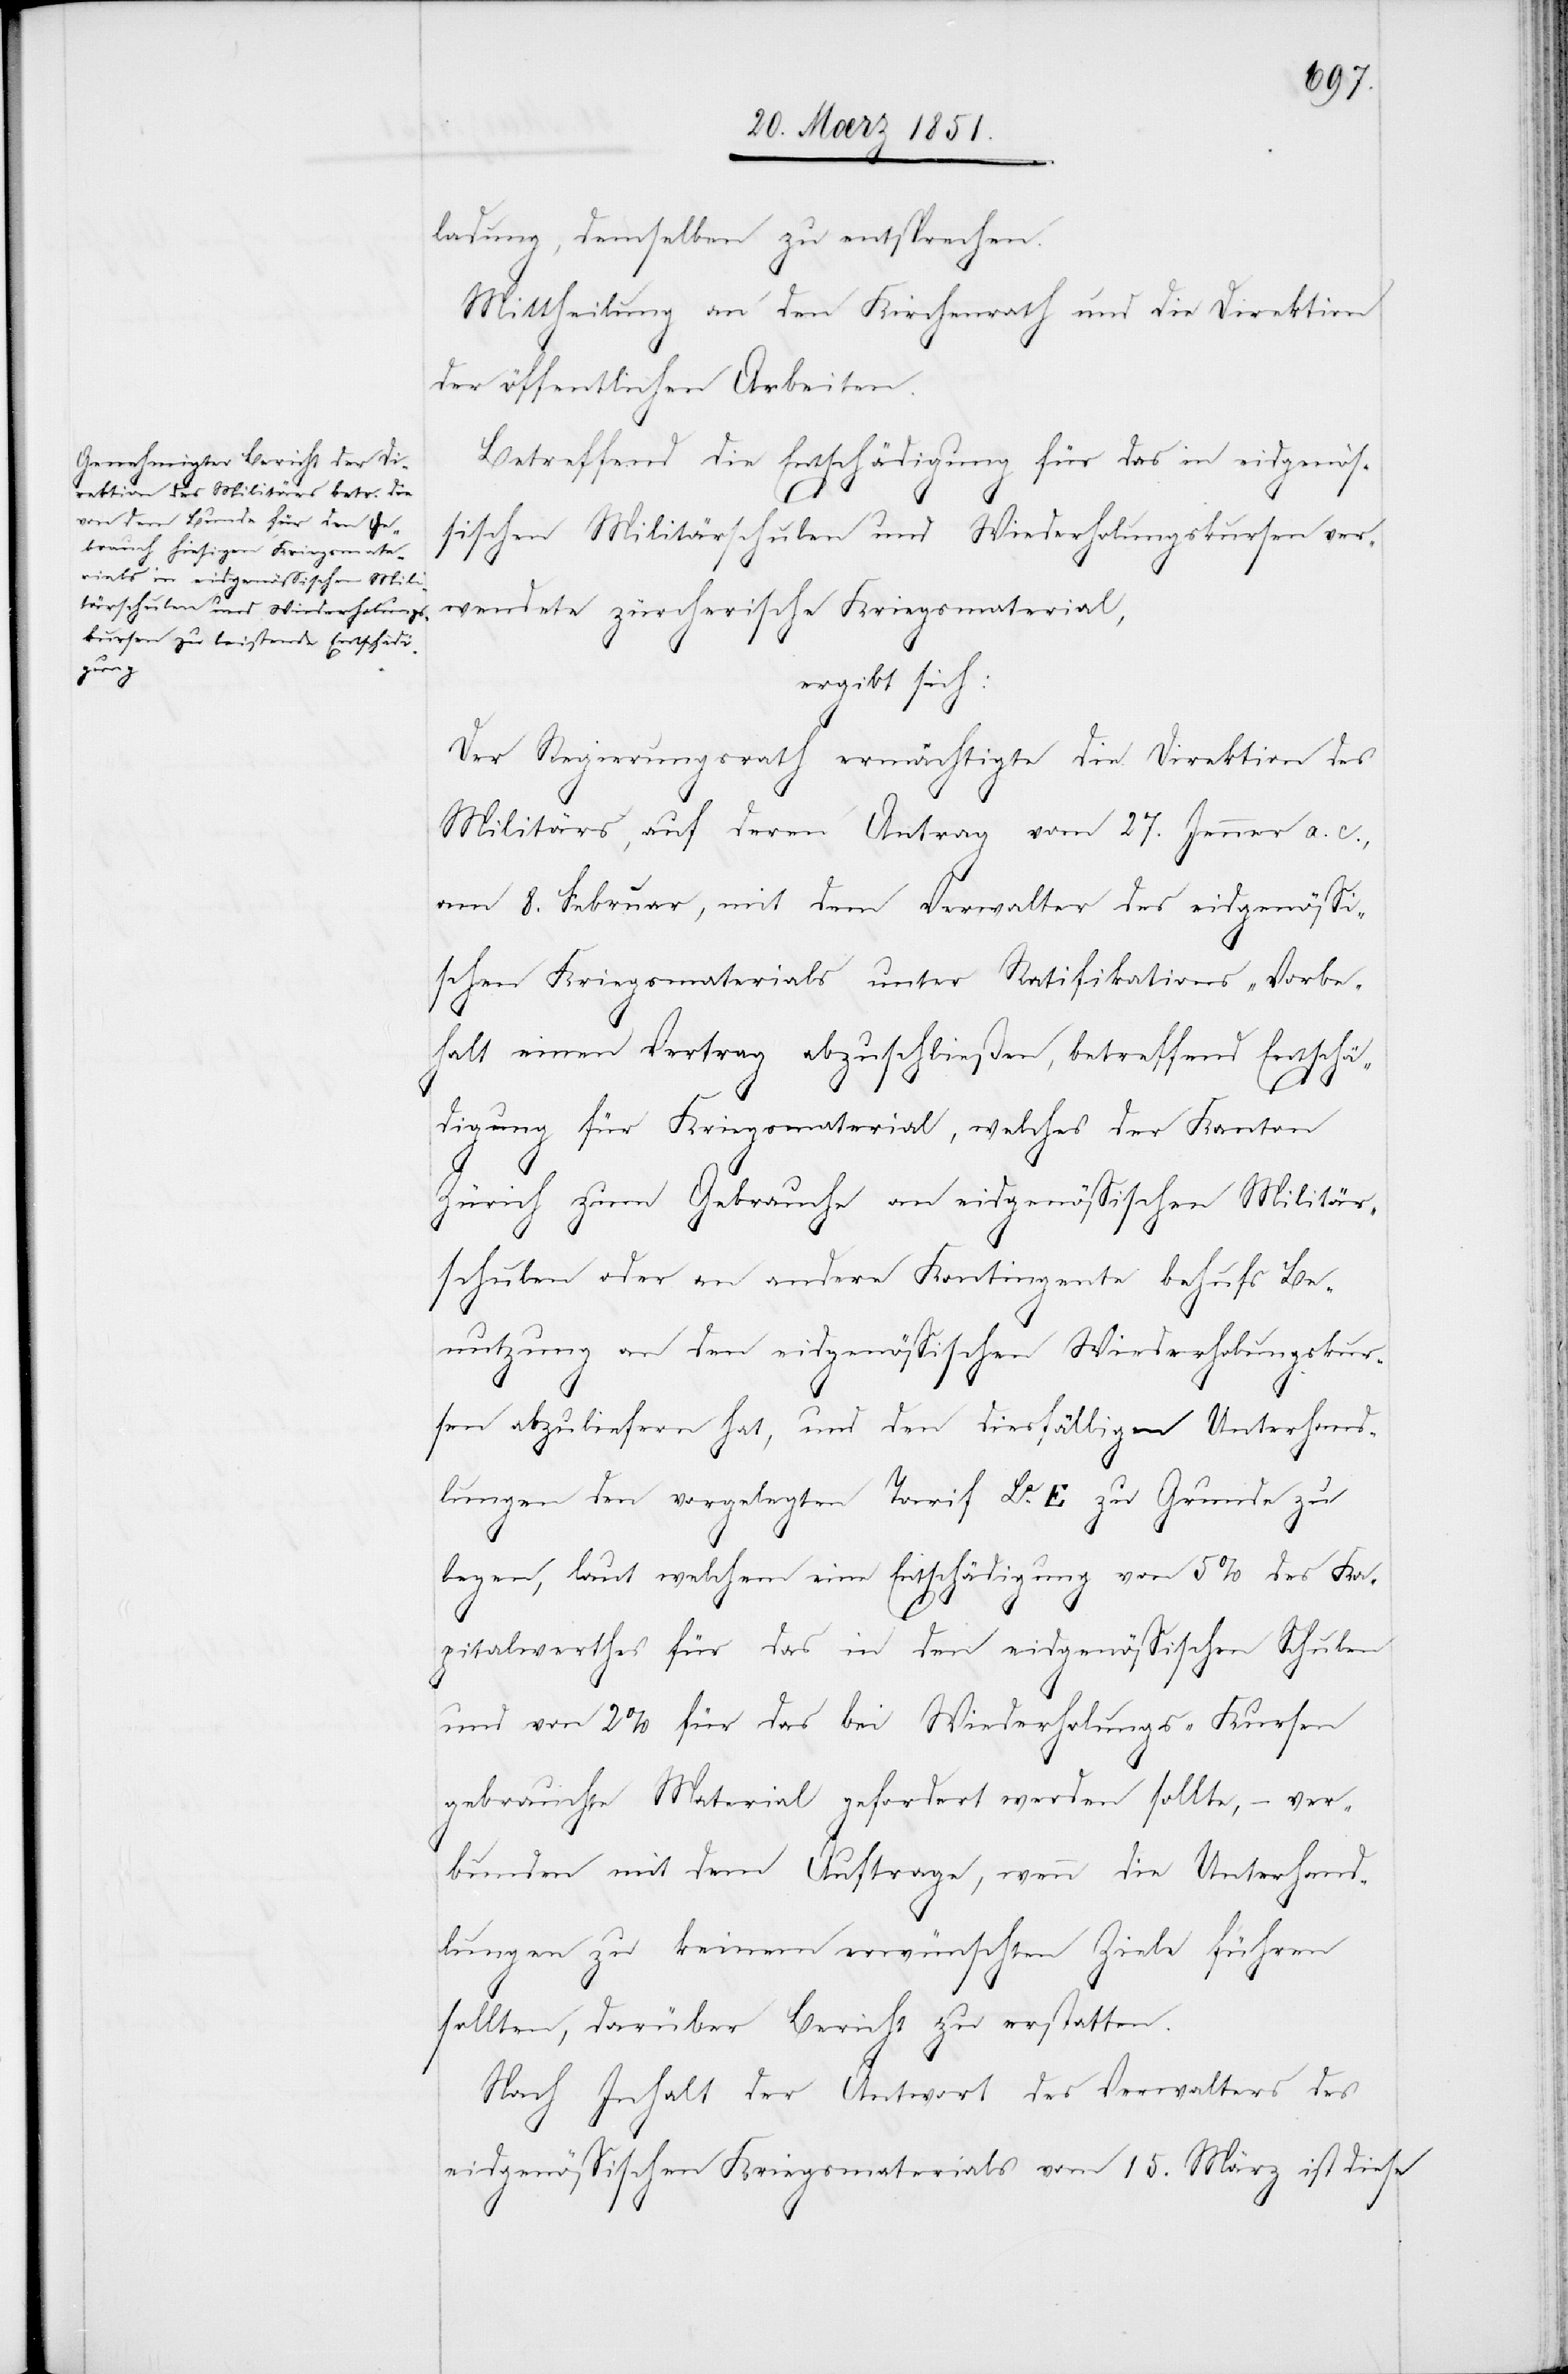
ladung, demselben zu entsprechen.
Mittheilung an den Kirchenrath und die Direktion
der öffentlichen Arbeiten.
Betreffend die Entschädigung für das in eidgenös¬
sischen Militärschulen und Wiederholungskursen ver¬
wendete zürcherische Kriegsmaterial,
ergibt sich:
Der Regierungsrath ermächtigte die Direktion des
Militärs, auf deren Antrag vom 27. Jenner a. c.,
am 8. Februar, mit dem Verwalter des eidgenössi¬
schen Kriegsmaterials unter Ratifikations-Vorbe¬
halt einen Vertrag abzuschließen, betreffend Entschä¬
digung für Kriegsmaterial, welches der Kanton
Zürich zum Gebrauche an eidgenössischen Militär¬
schulen oder an andere Kontingente behufs Be¬
nutzung an den eidgenössischen Wiederholungskur¬
sen abzuliefern hat, und den diesfälligen Unterhand¬
lungen den vorgelegten Tarif La. E zu Grunde zu
legen, laut welchem eine Entschädigung von 5% des Ka¬
pitalwerthes für das in den eidgenössischen Schulen
und von 2% für das bei Wiederholungs-Kursen
gebrauchte Material gefordert werden sollte, – ver¬
bunden mit dem Auftrage, wenn die Unterhand¬
lungen zu keinem erwünschten Ziele führen
sollten, darüber Bericht zu erstatten.
Nach Inhalt der Antwort des Verwalters des
eidgenössischen Kriegsmaterials vom 15. März ist diese